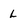
Character: L